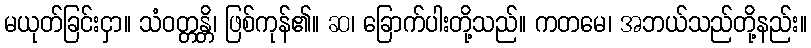
မယုတ်ခြင်းငှာ။ သံဝတ္တန္တိ၊ ဖြစ်ကုန်၏။ ဆ၊ ခြောက်ပါးတို့သည်။ ကတမေ၊ အဘယ်သည်တို့နည်း။